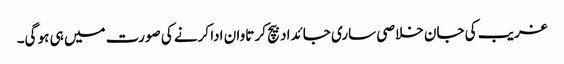
غریب کی جان خلاصی ساری جائداد بیچ کر تاوان ادا کرنے کی صورت میں ہی ہو گی۔